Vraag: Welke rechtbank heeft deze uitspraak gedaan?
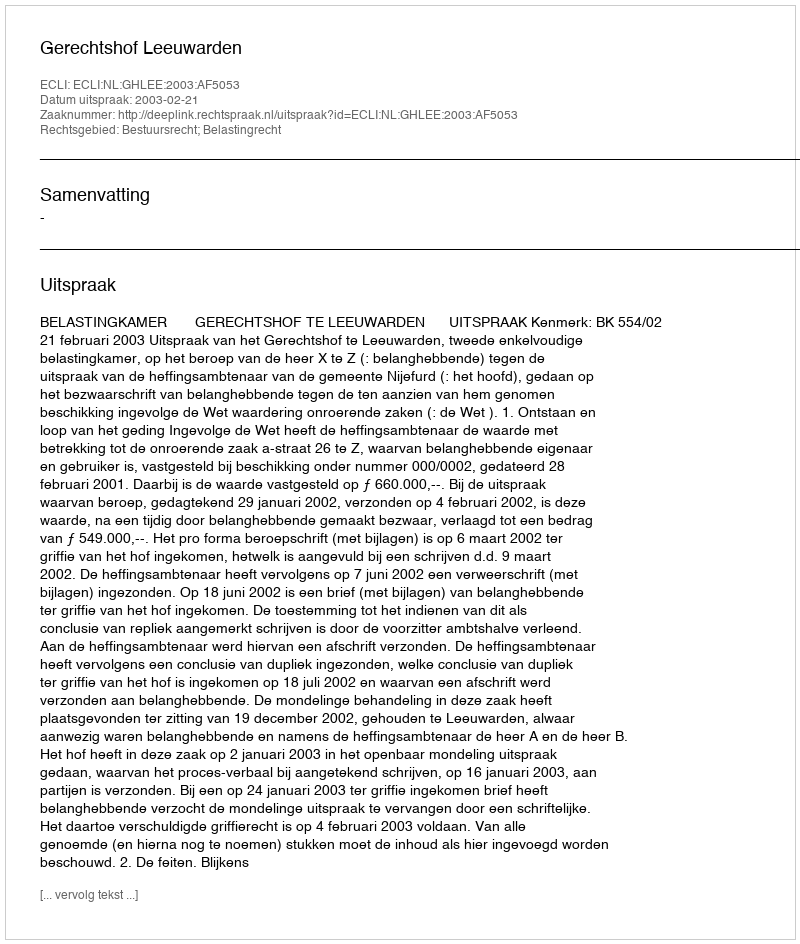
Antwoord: Gerechtshof Leeuwarden